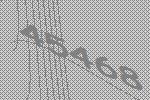
45468